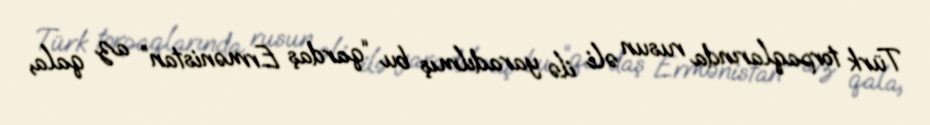
Türk torpaqlarında rusun əli ilə yaradılmış bu “qardaş Ermənistan” az qala,